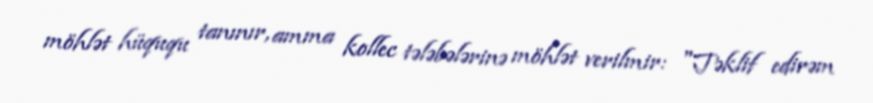
möhlət hüququ tanınır, amma kollec tələbələrinə möhlət verilmir: "Təklif edirəm